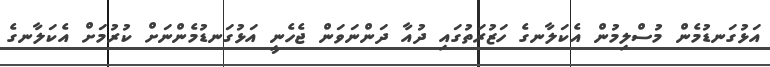
އަޅުގަނޑުމެން މުސްލިމުން އެކަލާނގެ ހަޒުރަތުގައި ދުއާ ދަންނަވަން ޖެހެނީ އަޅުގަނޑުމެންނަށް ކުރުމަށް އެކަލާނގެ